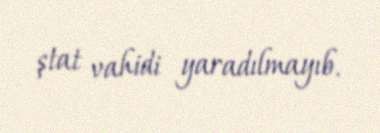
ştat vahidi yaradılmayıb.